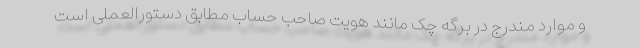
و موارد مندرج در برگه چک مانند هویت صاحب حساب مطابق دستورالعملی است